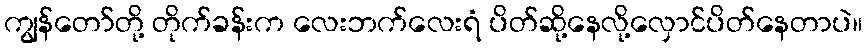
ကျွန်တော်တို့ တိုက်ခန်းက လေးဘက်လေးရံ ပိတ်ဆို့နေလို့လှောင်ပိတ်နေတာပဲ။